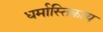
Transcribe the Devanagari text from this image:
धर्मास्तिकाय